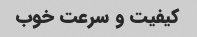
کیفیت و سرعت خوب